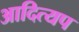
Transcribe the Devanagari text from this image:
आदित्यप